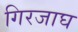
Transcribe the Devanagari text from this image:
गिरजाघ